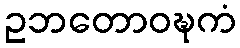
ဥဘတောဝဍ္ဎကံ